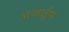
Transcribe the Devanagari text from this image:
अकर्तुम